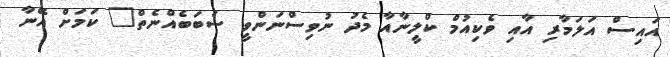
އައިސް އަލަމާރި އާއި ވެކިއުމް ކްލީނާއާ މެދު ނުވިސްނަންވީ ސަބަބެއްނެތް" ކަމަށް އޭނާ